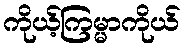
ကိုယ့်ကြမ္မာကိုယ်